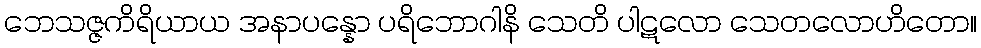
ဘေသဇ္ဇကိရိယာယ အနာပန္နော ပရိဘောဂါနိ သေတိ ပါဋလော သေတလောဟိတော။